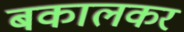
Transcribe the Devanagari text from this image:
बकालकर